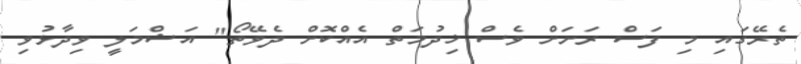
ތެރޭގައި މި ފަސް ރަށަށް ވެސް ޚިދުމަތް އެއްކޮށް ދެވޭތޯ" އަޝްމަލީ ވިދާޅުވި